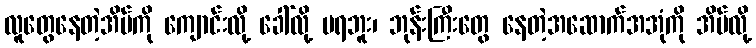
လူတွေနေတဲ့အိမ်ကို ကျောင်းလို့ ခေါ်လို့ မရဘူး၊ ဘုန်းကြီးတွေ နေတဲ့အဆောက်အအုံကို အိမ်လို့